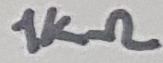
Text: 1KΩ